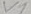
Text: V1